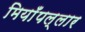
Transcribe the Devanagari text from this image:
मियाँपल्लार